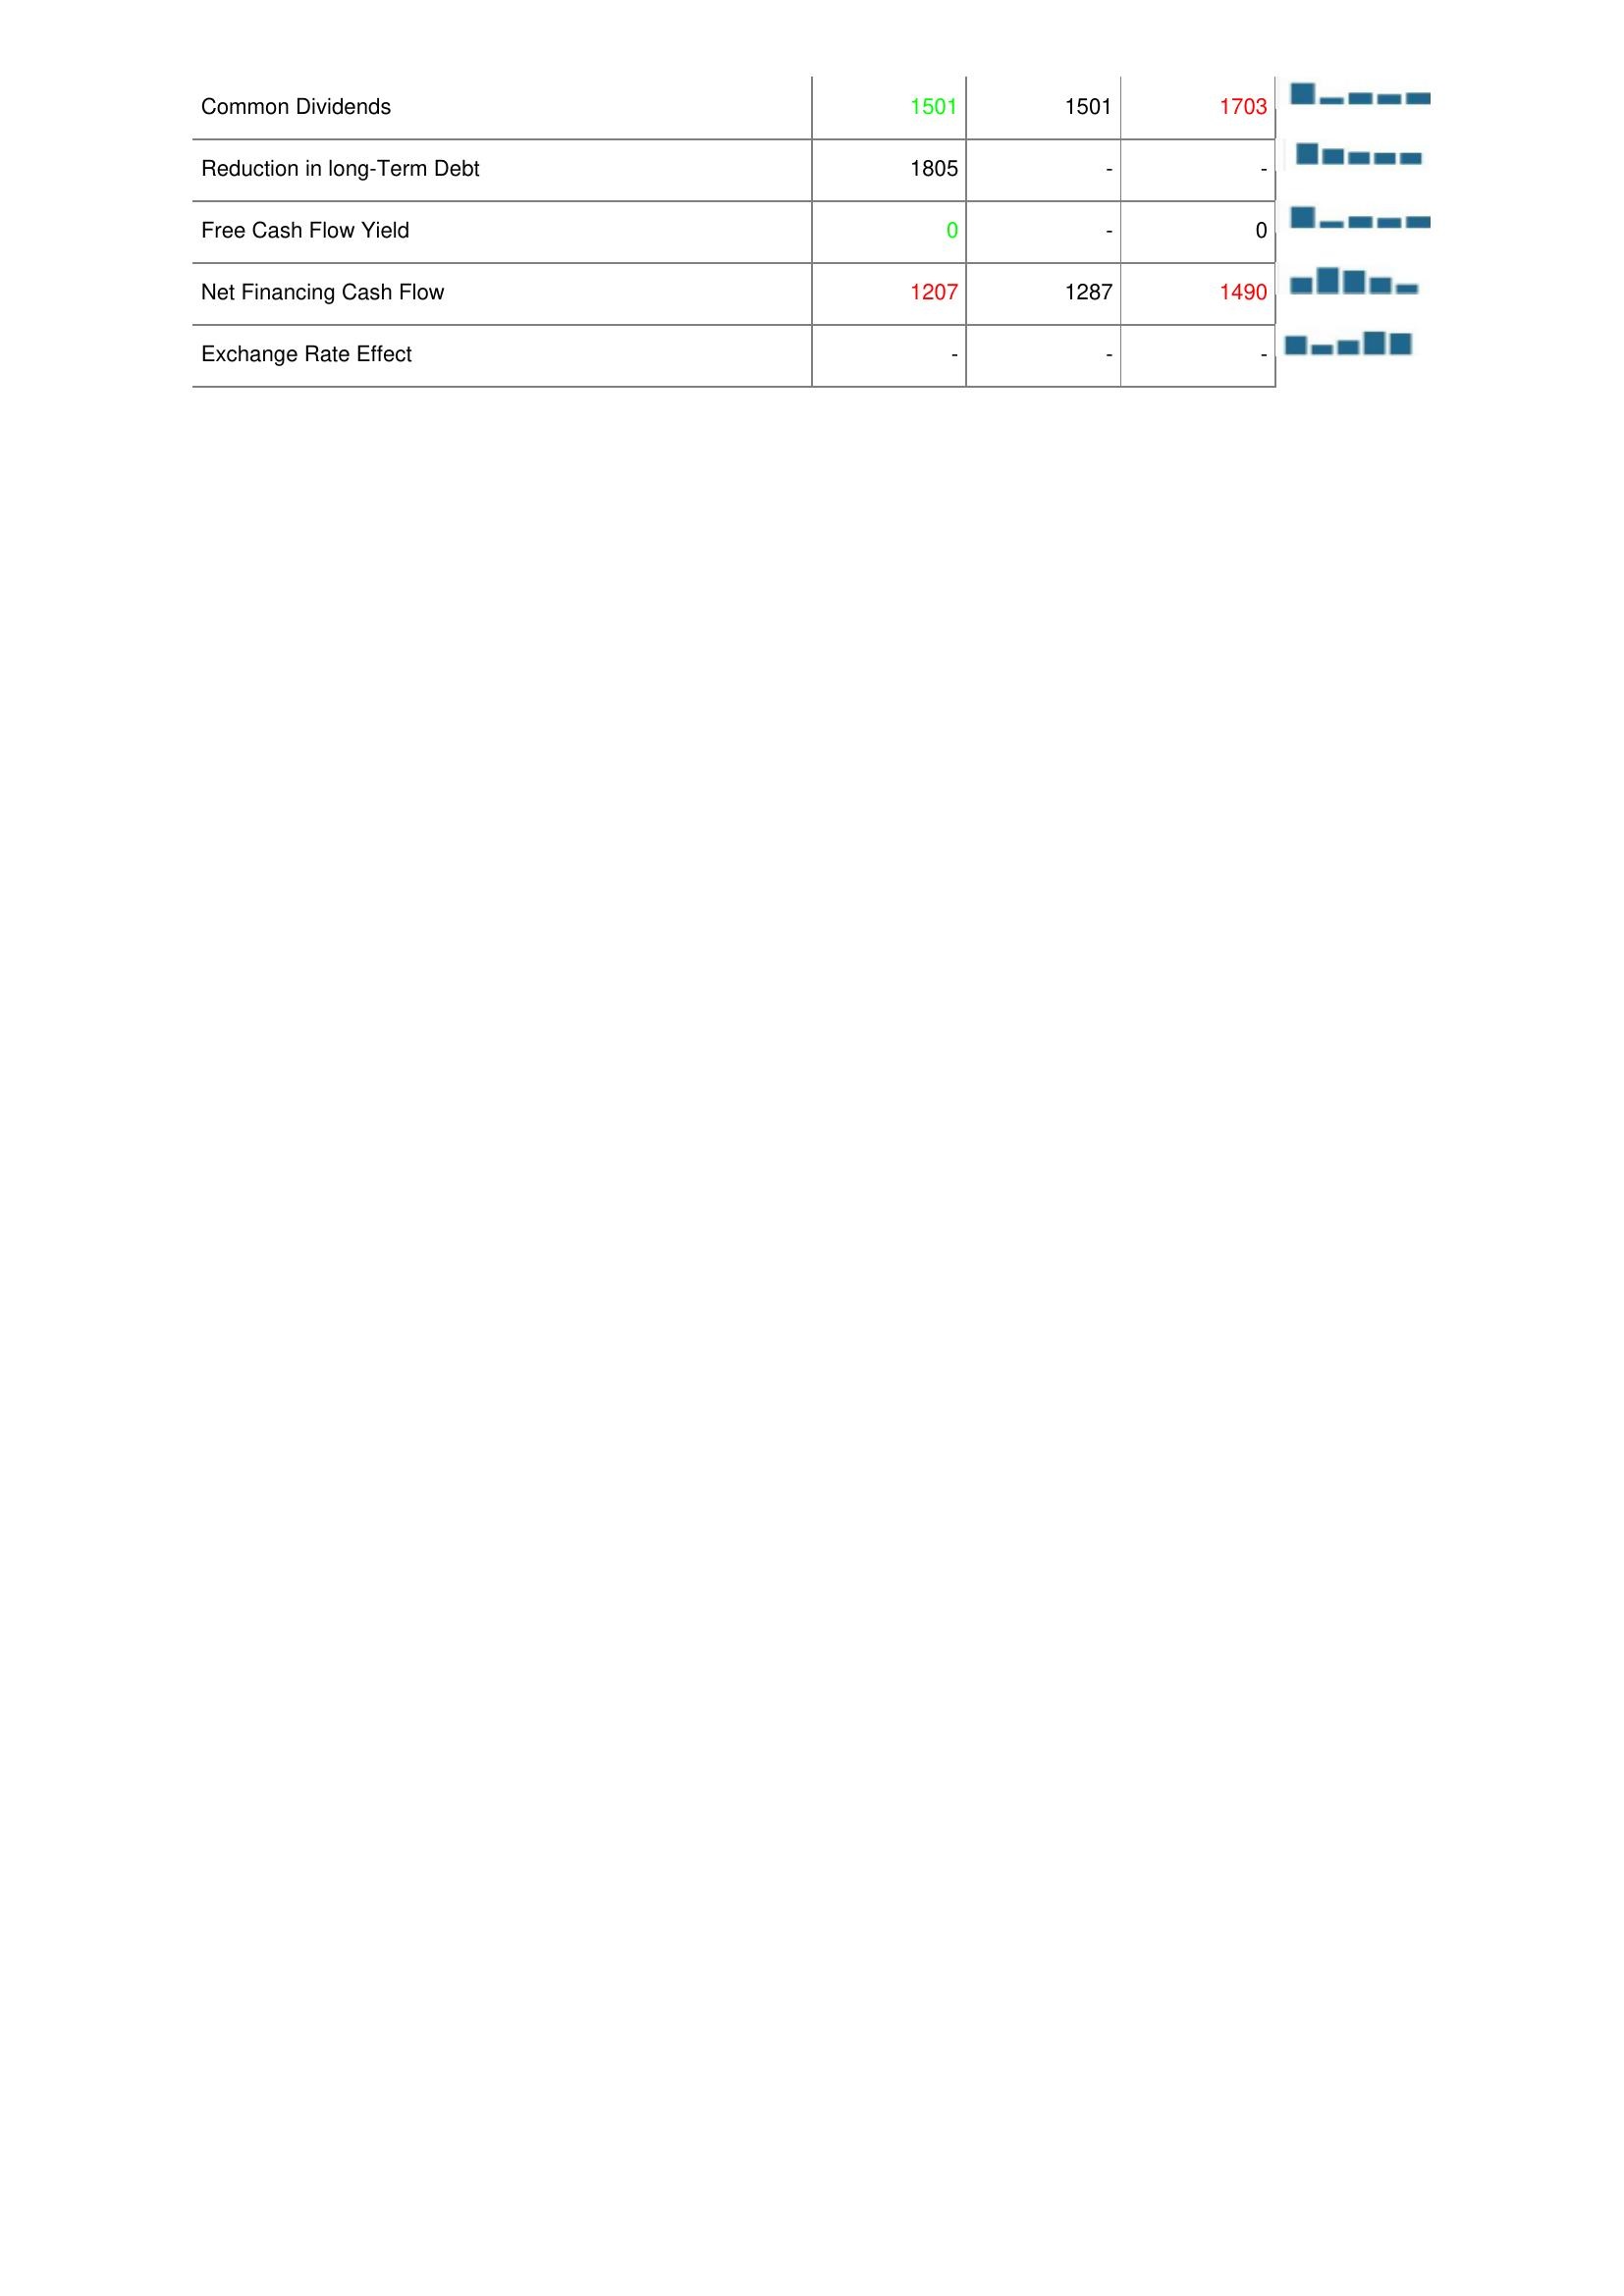
2009: Financing Activities: Common Dividends: 1501
Reduction in long-Term Debt: 1805
Free Cash Flow Yield: 0
Net Financing Cash Flow: 1207
Exchange Rate Effect: -
2008: Financing Activities: Common Dividends: 1501
Reduction in long-Term Debt: -
Free Cash Flow Yield: -
Net Financing Cash Flow: 1287
Exchange Rate Effect: -
2007: Financing Activities: Common Dividends: 1703
Reduction in long-Term Debt: -
Free Cash Flow Yield: 0
Net Financing Cash Flow: 1490
Exchange Rate Effect: -